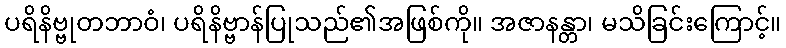
ပရိနိဗ္ဗုတဘာဝံ၊ ပရိနိဗ္ဗာန်ပြုသည်၏အဖြစ်ကို။ အဇာနန္တာ၊ မသိခြင်းကြောင့်။